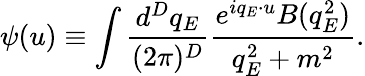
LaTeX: \psi(u)\equiv\int\frac{d^{D}q_{E}}{(2\pi)^{D}}\frac{e^{iq_{E}\cdot u}B(q_{E}^{2})}{q_{E}^{2}+m^{2}}.